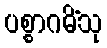
ပစ္စာဂမိံသု